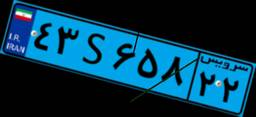
۴۳S۶۵۸۲۲